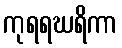
ကုရရဃရိကာ